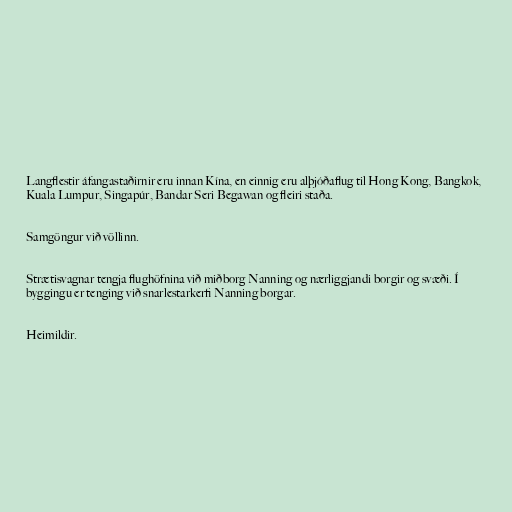
Langflestir áfangastaðirnir eru innan Kína, en einnig eru alþjóðaflug til Hong Kong, Bangkok,
Kuala Lumpur, Singapúr, Bandar Seri Begawan og fleiri staða.

Samgöngur við völlinn.

Strætisvagnar tengja flughöfnina við miðborg Nanning og nærliggjandi borgir og svæði. Í
byggingu er tenging við snarlestarkerfi Nanning borgar.

Heimildir.